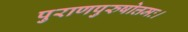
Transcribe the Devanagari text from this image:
पुराणपुरुषोत्तमः।